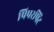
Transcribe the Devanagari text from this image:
पिपरपिंट